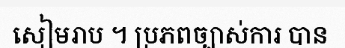
សៀមរាប ។ ប្រភពច្បាស់ការ បាន